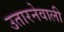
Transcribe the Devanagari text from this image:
उतारनेवाली